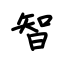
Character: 智